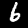
Label: 6